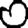
Digit: 0